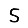
Digit: 5